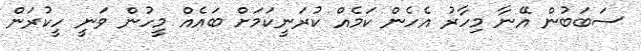
ސަބަބުން އޭނާ މިހާރު އެހެން ކަމެއް ކުރަނީކަމަށް ބައެއް މީހުން ވަނީ ހީކުރަން